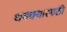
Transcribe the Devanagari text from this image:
धक्क्यासाठी